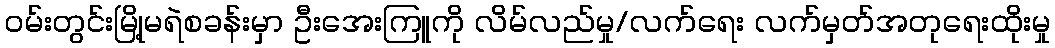
ဝမ်းတွင်းမြို့မရဲစခန်းမှာ ဦးအေးကြူကို လိမ်လည်မှု/လက်ရေး လက်မှတ်အတုရေးထိုးမှု